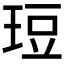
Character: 𪻡